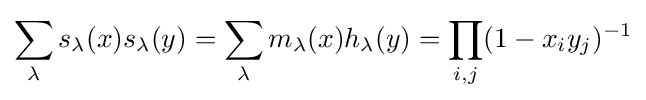
\sum _{\lambda }s_{\lambda }(x)s_{\lambda }(y)=\sum _{\lambda }m_{\lambda }(x)h_{\lambda }(y)=\prod _{i,j}(1-x_{i}y_{j})^{-1}